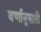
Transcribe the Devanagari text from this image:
वर्णानुसारी